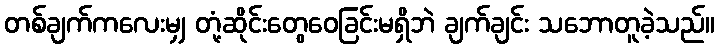
တစ်ချက်ကလေးမျှ တုံ့ဆိုင်းတွေဝေခြင်းမရှိဘဲ ချက်ချင်း သဘောတူခဲ့သည်။